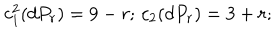
LaTeX: c _ { 1 } ^ { 2 } ( d P _ { r } ) = 9 - r ; \, c _ { 2 } ( d P _ { r } ) = 3 + r ;